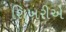
શિખરીએ